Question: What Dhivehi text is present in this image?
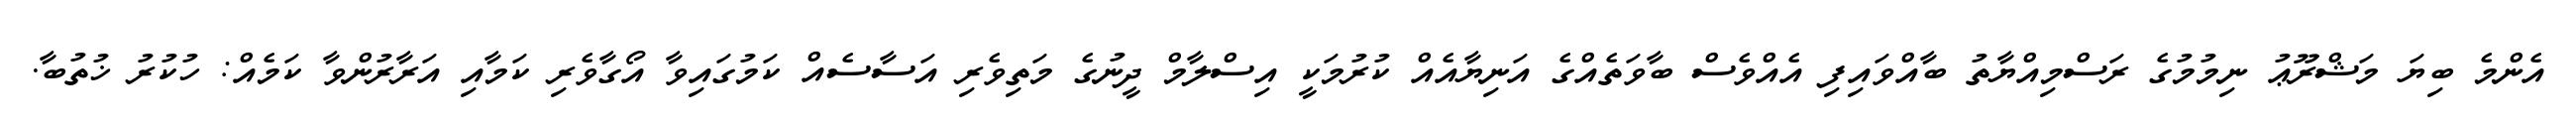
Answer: އެންމެ ބިޔަ މަޝްރޫޢު ނިމުމުގެ ރަސްމިއްޔާތު ބާއްވައިފި އެއްވެސް ބާވަތެއްގެ އަނިޔާއެއް ކުރުމަކީ އިސްލާމް ދީނުގެ މަތިވެރި އަސާސެއް ކަމުގައިވާ އޯގާވެރި ކަމާއި އަރާރުންވާ ކަމެއް: ހުކުރު ޚުތުބާ.